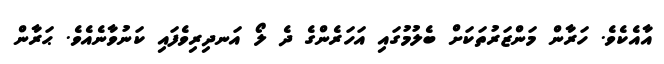
އާއެކެވެ. ހަރާން މަންޒަރުތަކަށް ބެލުމުގައި އަހަރެންގެ ދެ ލޯ އަނދިރިވެފައި ކަނުވާނެއެވެ. ޙަރާން